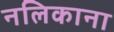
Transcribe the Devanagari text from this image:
नलिकाना